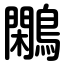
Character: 鷴